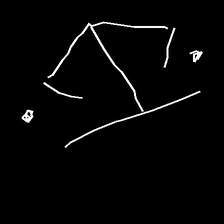
Glyph: earth